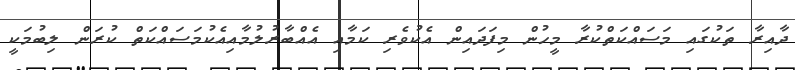
ދާއިރާ ތަކުގައި މަސައްކަތްކުރާ މީހުން މިފަދައިން އެކުވެރި ކަމާއި އެއްބާރުލުމާއިއެކުމަސައްކަތް ކުރަން ލިބުމަކީ